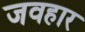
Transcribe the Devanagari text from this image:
जवहार